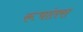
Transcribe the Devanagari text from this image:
रूपांतरा